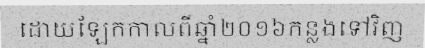
ដោយឡែកកាលពីឆ្នាំ២០១៦កន្លងទៅវិញ